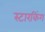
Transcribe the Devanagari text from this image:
स्‍टारकिंग